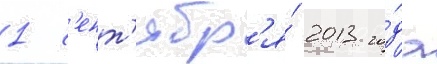
1 с'ент'ябр'я́ 2013 го́да